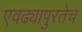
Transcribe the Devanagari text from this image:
एवढ्यापुरतेच